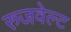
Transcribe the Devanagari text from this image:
रुजवेल्ट